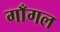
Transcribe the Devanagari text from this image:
गाँगल